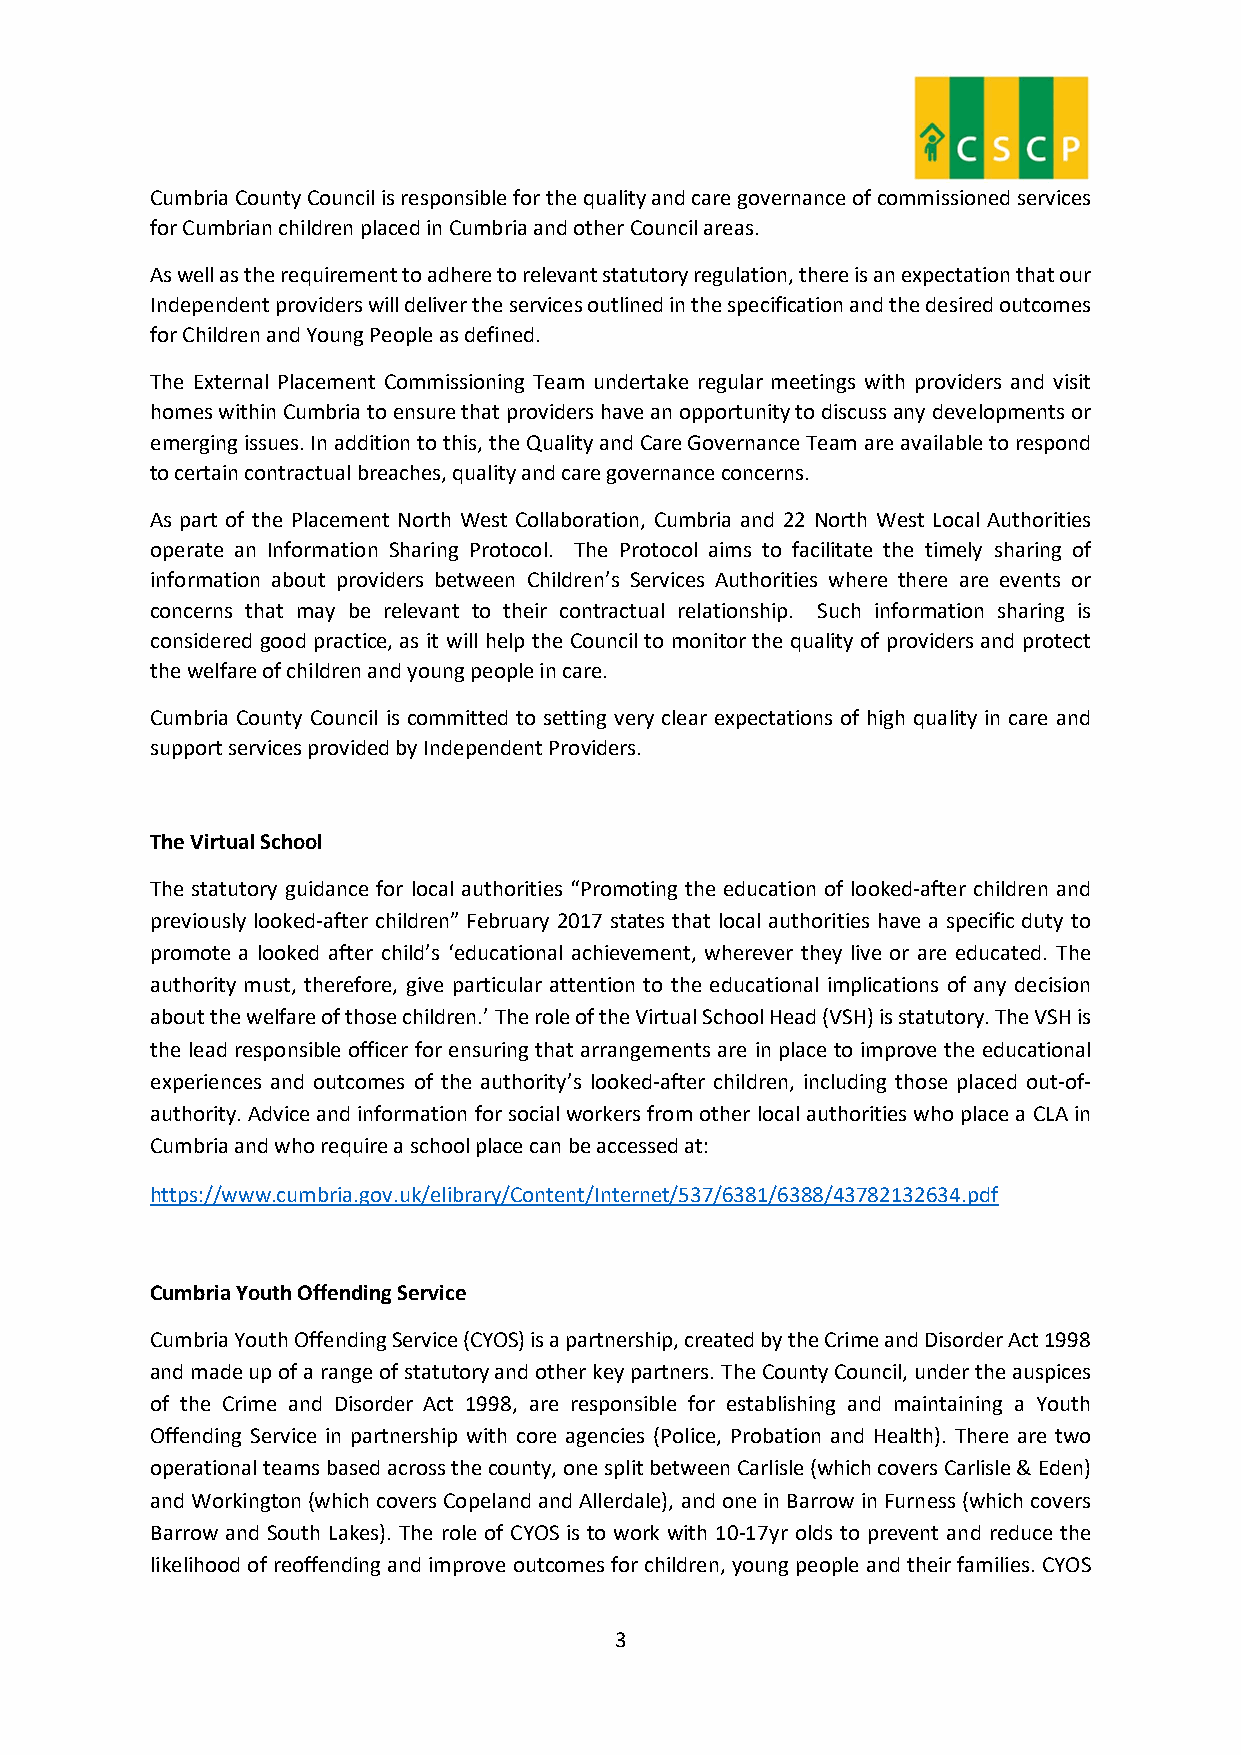
Cumbria County Council is responsible for the quality and care governance of commissioned services
 for Cumbrian children placed in Cumbria and other Council areas.
 As well as the requirement to adhere to relevant statutory regulation, there is an expectation that our
 Independent providers will deliver the services outlined in the specification and the desired outcomes
 for Children and Young People as defined.
 The External Placement Commissioning Team undertake regular meetings with providers and visit
 homes within Cumbria to ensure that providers have an opportunity to discuss any developments or
 emerging issues. In addition to this, the Quality and Care Governance Team are available to respond
 to certain contractual breaches, quality and care governance concerns.
 As part of the Placement North West Collaboration, Cumbria and 22 North West Local Authorities
 operate an Information Sharing Protocol. The Protocol aims to facilitate the timely sharing of
 information about providers between Children’s Services Authorities where there are events or
 concerns that may be relevant to their contractual relationship. Such information sharing is
 considered good practice, as it will help the Council to monitor the quality of providers and protect
 the welfare of children and young people in care.
 Cumbria County Council is committed to setting very clear expectations of high quality in care and
 support services provided by Independent Providers.
 The Virtual School
 The statutory guidance for local authorities “Promoting the education of looked-after children and
 previously looked-after children” February 2017 states that local authorities have a specific duty to
 promote a looked after child’s ‘educational achievement, wherever they live or are educated. The
 authority must, therefore, give particular attention to the educational implications of any decision
 about the welfare of those children.’ The role of the Virtual School Head (VSH) is statutory. The VSH is
 the lead responsible officer for ensuring that arrangements are in place to improve the educational
 experiences and outcomes of the authority’s looked-after children, including those placed out-of-
 authority. Advice and information for social workers from other local authorities who place a CLA in
 Cumbria and who require a school place can be accessed at:
 https://www.cumbria.gov.uk/elibrary/Content/Internet/537/6381/6388/43782132634.pdf
 Cumbria Youth Offending Service
 Cumbria Youth Offending Service (CYOS) is a partnership, created by the Crime and Disorder Act 1998
 and made up of a range of statutory and other key partners. The County Council, under the auspices
 of the Crime and Disorder Act 1998, are responsible for establishing and maintaining a Youth
 Offending Service in partnership with core agencies (Police, Probation and Health). There are two
 operational teams based across the county, one split between Carlisle (which covers Carlisle & Eden)
 and Workington (which covers Copeland and Allerdale), and one in Barrow in Furness (which covers
 Barrow and South Lakes). The role of CYOS is to work with 10-17yr olds to prevent and reduce the
 likelihood of reoffending and improve outcomes for children, young people and their families. CYOS
 3